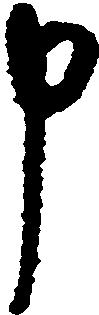
申